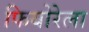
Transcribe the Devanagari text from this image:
फियोरेला